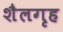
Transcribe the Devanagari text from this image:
शैलगृह